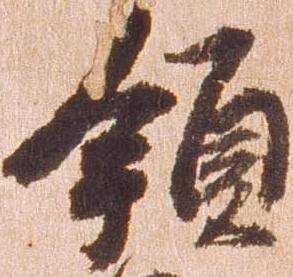
領